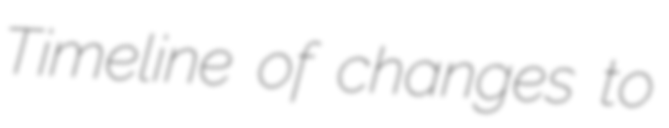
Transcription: Timeline of changes to